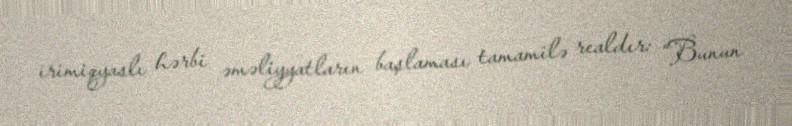
irimiqyaslı hərbi əməliyyatların başlaması tamamilə realdır: “Bunun